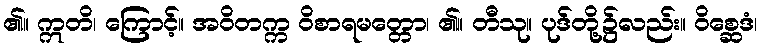
၏။ ဣတိ၊ ကြောင့်။ အဝိတက္က ဝိစာရမတ္တော၊ ၏။ တီသု။ ပုဒ်တို့၌လည်း။ ဝိစ္ဆေဒံ၊